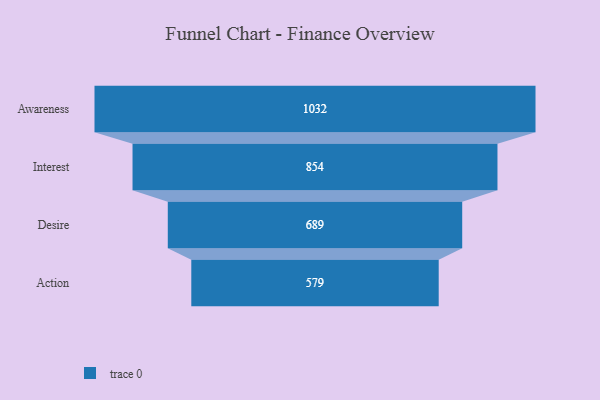
{"axis": {"x": "Stage", "y": "Value"}, "legend": [""], "data": [{"x": "Awareness", "y": 1032.0, "type": ""}, {"x": "Interest", "y": 854.0, "type": ""}, {"x": "Desire", "y": 689.0, "type": ""}, {"x": "Action", "y": 579.0, "type": ""}]}